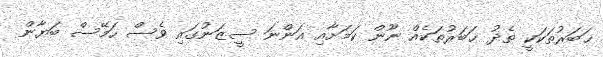
ޚަބަރުތަކަަކީ ތެދު ޚަބަރުތަކެއް ނޫން ކަމަށާއި އަންނަ ސީޒަނުގައި ވެސް ހަމޭސް ބަޔާން